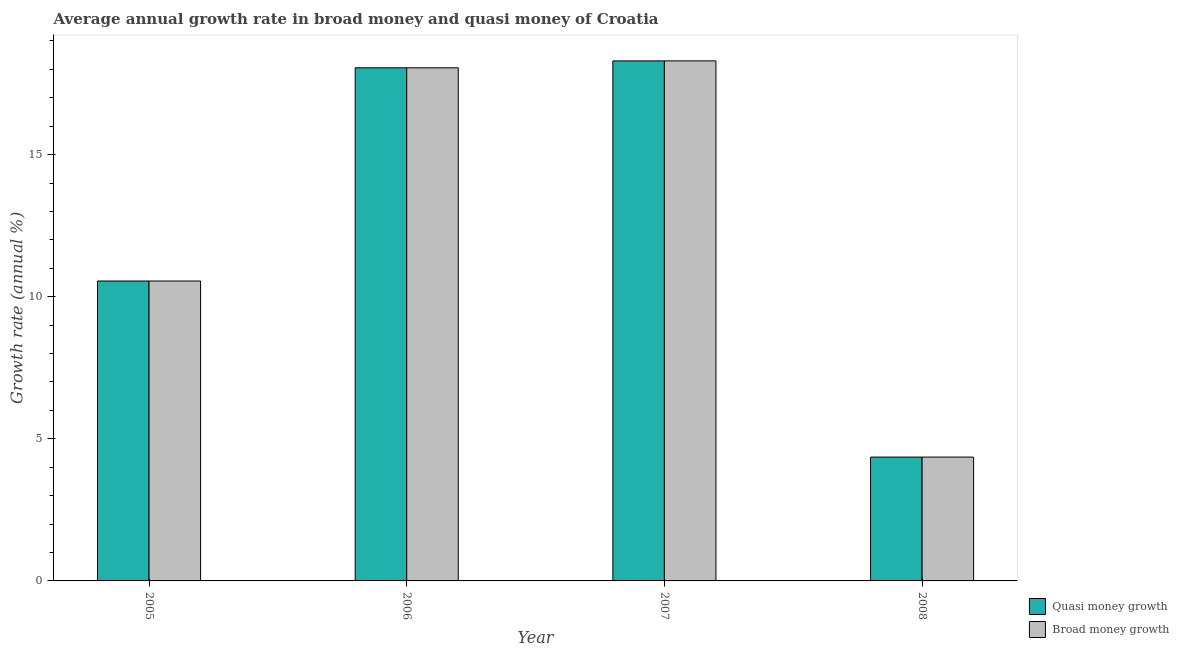
| Year | Quasi money growth | Broad money growth |
 | --- | --- | --- |
 | 2005 | 10.6 | 10.6 |
 | 2006 | 18.1 | 18.1 |
 | 2007 | 18.3 | 18.3 |
 | 2008 | 4.36 | 4.36 |